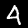
Digit: 4